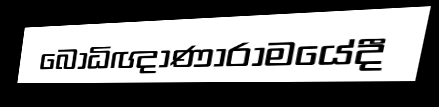
බෝධිඥාණාරාමයේදී